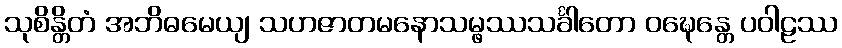
သုစိန္တိတံ အဘိဓမေယျ သဟဇာတမနောသမ္ဖဿသင်္ခါတော ဝဍ္ဎေန္တေ ပဝါဠဿ